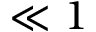
{ \ll 1 }